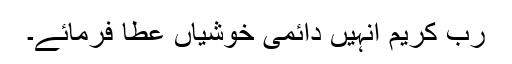
ربّ کریم انہیں دائمی خوشیاں عطا فرمائے۔